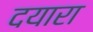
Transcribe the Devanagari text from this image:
दयारा